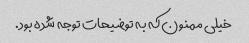
خیلی ممنون که به توضیحات توجه شده بود.